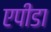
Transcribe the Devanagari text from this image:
एपीडा